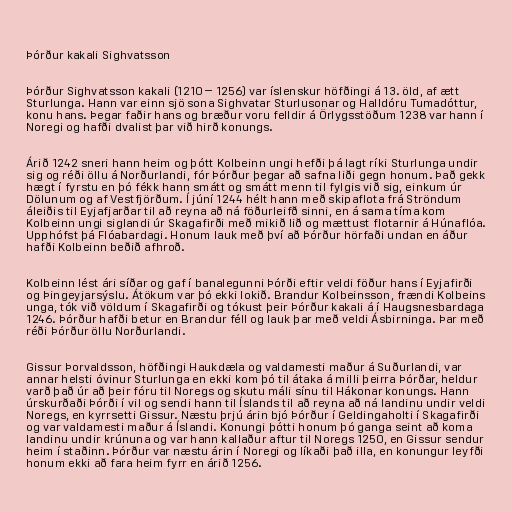
Þórður kakali Sighvatsson

Þórður Sighvatsson kakali (1210 – 1256) var íslenskur höfðingi á 13. öld, af ætt
Sturlunga. Hann var einn sjö sona Sighvatar Sturlusonar og Halldóru Tumadóttur,
konu hans. Þegar faðir hans og bræður voru felldir á Örlygsstöðum 1238 var hann í
Noregi og hafði dvalist þar við hirð konungs.

Árið 1242 sneri hann heim og þótt Kolbeinn ungi hefði þá lagt ríki Sturlunga undir
sig og réði öllu á Norðurlandi, fór Þórður þegar að safna liði gegn honum. Það gekk
hægt í fyrstu en þó fékk hann smátt og smátt menn til fylgis við sig, einkum úr
Dölunum og af Vestfjörðum. Í júní 1244 hélt hann með skipaflota frá Ströndum
áleiðis til Eyjafjarðar til að reyna að ná föðurleifð sinni, en á sama tíma kom
Kolbeinn ungi siglandi úr Skagafirði með mikið lið og mættust flotarnir á Húnaflóa.
Upphófst þá Flóabardagi. Honum lauk með því að Þórður hörfaði undan en áður
hafði Kolbeinn beðið afhroð.

Kolbeinn lést ári síðar og gaf í banalegunni Þórði eftir veldi föður hans í Eyjafirði
og Þingeyjarsýslu. Átökum var þó ekki lokið. Brandur Kolbeinsson, frændi Kolbeins
unga, tók við völdum í Skagafirði og tókust þeir Þórður kakali á í Haugsnesbardaga
1246. Þórður hafði betur en Brandur féll og lauk þar með veldi Ásbirninga. Þar með
réði Þórður öllu Norðurlandi.

Gissur Þorvaldsson, höfðingi Haukdæla og valdamesti maður á Suðurlandi, var
annar helsti óvinur Sturlunga en ekki kom þó til átaka á milli þeirra Þórðar, heldur
varð það úr að þeir fóru til Noregs og skutu máli sínu til Hákonar konungs. Hann
úrskurðaði Þórði í vil og sendi hann til Íslands til að reyna að ná landinu undir veldi
Noregs, en kyrrsetti Gissur. Næstu þrjú árin bjó Þórður í Geldingaholti í Skagafirði
og var valdamesti maður á Íslandi. Konungi þótti honum þó ganga seint að koma
landinu undir krúnuna og var hann kallaður aftur til Noregs 1250, en Gissur sendur
heim í staðinn. Þórður var næstu árin í Noregi og líkaði það illa, en konungur leyfði
honum ekki að fara heim fyrr en árið 1256.